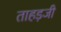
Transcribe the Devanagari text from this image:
ताहड़जी